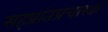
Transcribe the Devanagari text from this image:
सहप्रांतप्रचारक